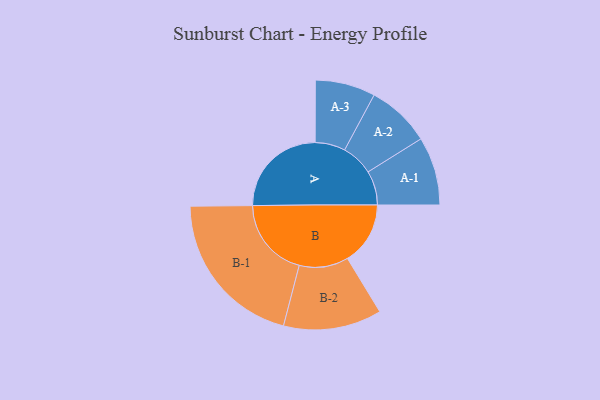
{"axis": {"x": "Segment", "y": "Value"}, "legend": ["", "A", "B"], "data": [{"x": "A", "y": 326, "type": ""}, {"x": "B", "y": 211, "type": ""}, {"x": "A-1", "y": 115, "type": "A"}, {"x": "A-2", "y": 107, "type": "A"}, {"x": "A-3", "y": 101, "type": "A"}, {"x": "B-1", "y": 269, "type": "B"}, {"x": "B-2", "y": 165, "type": "B"}]}